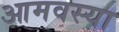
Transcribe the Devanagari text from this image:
आमवस्या